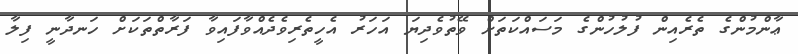
ޢާންމުންގެ ތެރެއިން ފުލުހުންގެ މަސައްކަތަށް ވޭތުވެދިޔަ އަހަރު އެހީތެރިވެދެއްވާފައިވާ ފަރާތްތަކަށް ހަނދާނީ ފިލާ